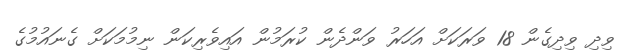
ވިދި ވިދިގެން 18 ވަރަކަށް އަހަރު ވަންދެން ކުރަމުން އައިވެރިކަން ނިމުމަކަށް ގެނައުމުގެ